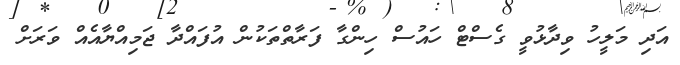
އަދި މަލީހު ވިދާޅުވީ ގެސްޓް ހައުސް ހިންގާ ފަރާތްތަކުން އުފައްދާ ޖަމިއްޔާއެއް ވަރަށް